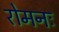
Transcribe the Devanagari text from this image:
रोमनः